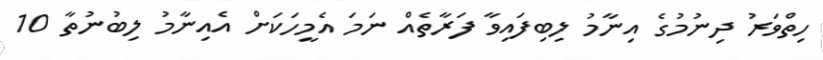
ހިތްވަރު ދިނުމުގެ އިނާމު ލިބިފައިވާ ފަރާތެއް ނަމަ އެމީހަކަށް އެއިނާމު ލިބުނުތާ 10